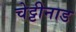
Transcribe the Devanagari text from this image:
चेट्टीनाड